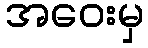
အဝေးမှ